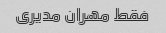
فقط مهران مدیری